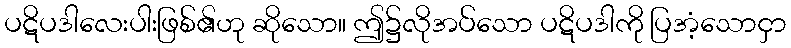
ပဋိပဒါလေးပါးဖြစ်၏ဟု ဆိုသော။ ဤ၌လိုအပ်သော ပဋိပဒါကို ပြအံ့သောငှာ